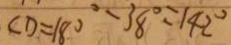
C D = 1 8 0 ^ { \circ } - 3 8 ^ { \circ } = 1 4 2 ^ { \circ }